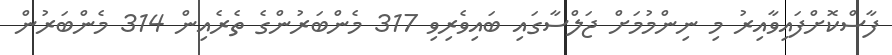
ފާސްކޮށްފައިވާއިރު މި ނިންމުމަށް ޖަލްސާގައި ބައިވެރިވި 317 މެންބަރުންގެ ތެރެއިން 314 މެންބަރުން